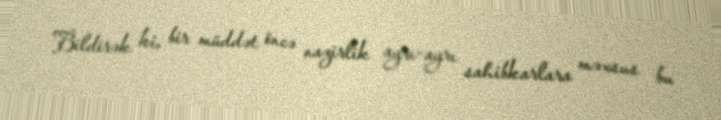
Bildirək ki, bir müddət öncə nazirlik ayrı-ayrı sahibkarlara məxsus bu